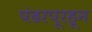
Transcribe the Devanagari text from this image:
पंढरपूरहून